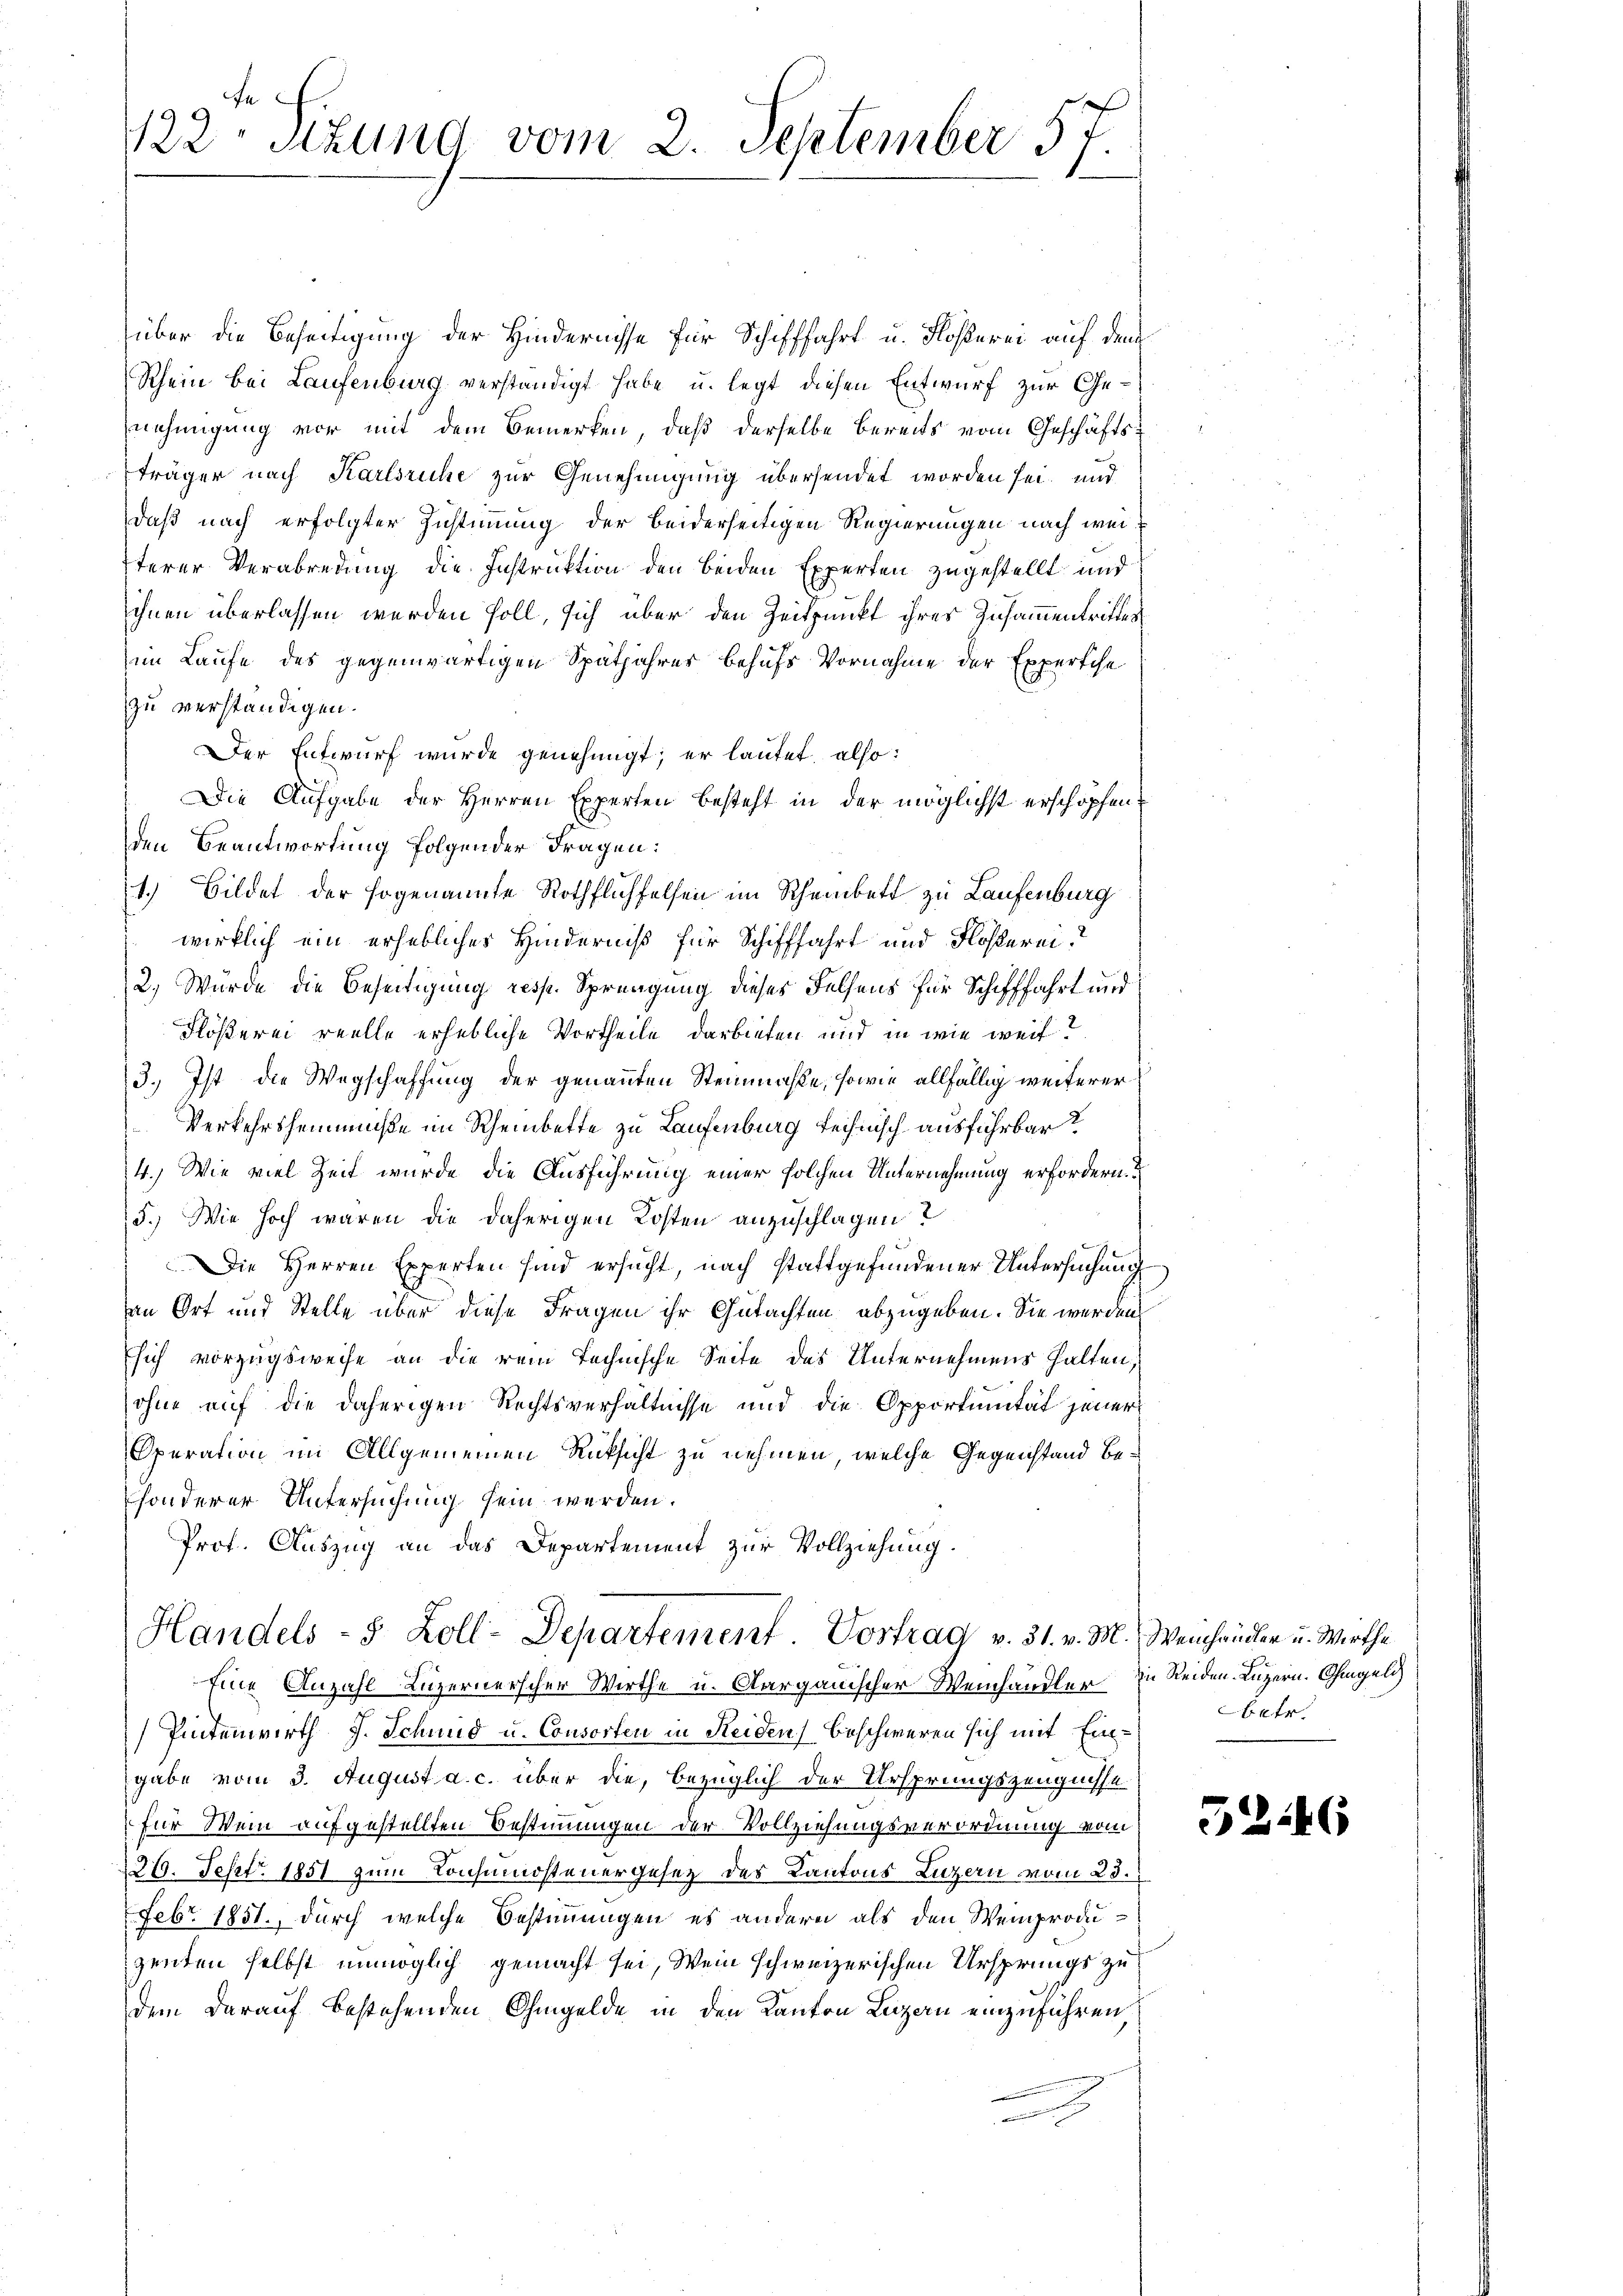
te
122 stung vom 2. September 57.

über die Beseitigung der Hindernisse für Schifffahrt u. Flößerei auf dem
Rhein bei Laufenburg verständigt habe u. legt diesen Entwurf zur Genehmigung vor mit dem Bemerken, daß derselbe bereits vom Geschäftsträger nach Karlsruhe zur Genehmigung übersendet worden sei und
daß nach erfolgter Zustimmung der beiderseitigen Regierungen nach weiterer Verabredung die Instruktion den beiden Experten zugestellt und
ihnen überlassen werden soll, sich über den Zeitpunkt ihres Zusammentritter
im Laufe des gegenwärtigen Spätjahrer behufs Vornahme der Expertche
zu verständigen.
Der Entwurf wurde genehmigt; er lautet, also:
Die Aufgabe der Herren Experten besteht in der möglichst erschöpfen,
den Beantwortung folgender Fragen:
1.) Bildet der sogenannte Rothflichselsen im Rheinbett zu Laufenburg
wirklich ein erhebliches Hinderniß für Schifffahrt und Flösserei.
2. Wurde die Beseitigung resp. Sprengung dieses Felsens für Schifffahrt und
Flößerei reelle erhebliche Vortheile darbieten und in wie weit
3., Ist die Wegschaffung der genannten Steinmahle, sowie allfällig weiterer
Verkehrshemmniße im Rheinbette zu Laufenburg technisch ausführbar?
4.) Wie viel Zeit wurde die Ausführung einer solchen Unternehmung erfordern.
5.) Wie hoch waren die daherigen Kosten anzuschlagen?
Die Herren Experten sind ersucht, nach stattgefundener Untersuchung
an Ort und Stelle über diese Fragen ihr Gutachten abzugeben. Sie werden
sich vorzugsweise an die rein technische Seite des Unternehmens halten,
ohne auf die daherigen Rechtsverhältnisse und die Opportunität jener
Operation im Allgemeinen Rücksicht zu nehmen, welche Gegenstand besonderer Untersuchung sein werden.
Prof. Auszug an das Departement zur Vollziehung.
Handels- 8 Zoll-Departement. Vortrag v. 31. v. M. Weichrücker u. Wirthe
Eine Anzahl Luzernerscher Wirthe u. Aargauischer Weinhändler in Reiden. Luzern. Ohmgeld
Pintenwirth J. Schmid u. Consorten in Reiden beschweren sich mit Eingabe vom 3. August a. c. über die, bezüglich der Ursprungszeugnisse
für Wein aufgestellten Bestimmungen der Vollziehungsverordnung vom
26. Sept. 1851 zum Konsumostenergesetz des Kantons Luzern vom 23.
Febr. 1851., durch welche Bestimmungen es andern als den Weinproduzenten selbst unmöglich gemacht sei, Wein schweizerischen Ursprungs zu
dem darauf bestehenden Ohmgelde in den Kanton Luzern einzuführen,

betr.

32

6